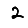
Digit: 2